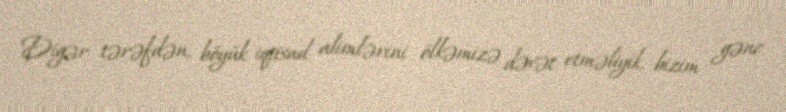
Digər tərəfdən, böyük iqtisad alimlərini ölkəmizə dəvət etməliyik, bizim gənc